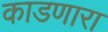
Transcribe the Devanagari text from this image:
काडणारा